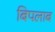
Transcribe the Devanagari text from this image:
बिपलाब